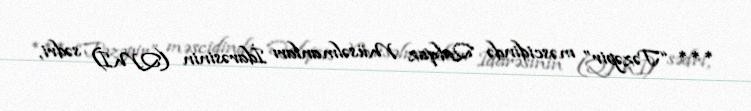
*** “Təzəpir” məscidində Qafqaz Müsəlmanları İdarəsinin (QMİ) sədri,